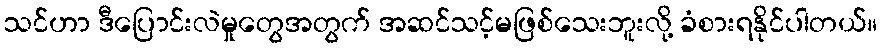
သင်ဟာ ဒီပြောင်းလဲမှုတွေအတွက် အဆင်သင့်မဖြစ်သေးဘူးလို့ ခံစားရနိုင်ပါတယ်။